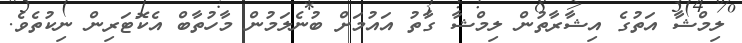
ލިމްޝާ އަތުގެ އިޝާރާތުން ލިމްޝާ ގާތު އައުމަށް ބުނެލަމުން މާހުތާބް އެކޮޓަރިން ނިކުތެވެ.